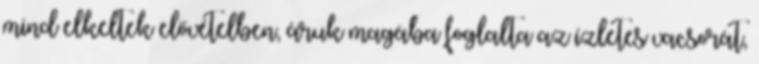
mind elkeltek elővételben, áruk magába foglalta az ízletes vacsorát,